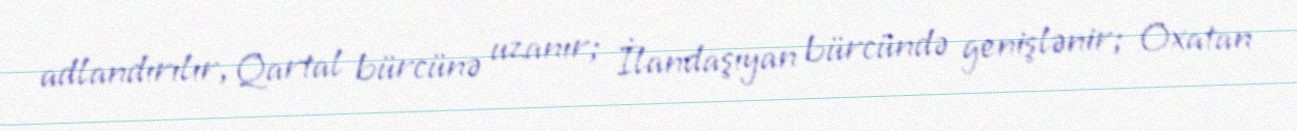
adlandırılır, Qartal bürcünə uzanır; İlandaşıyan bürcündə genişlənir; Oxatan